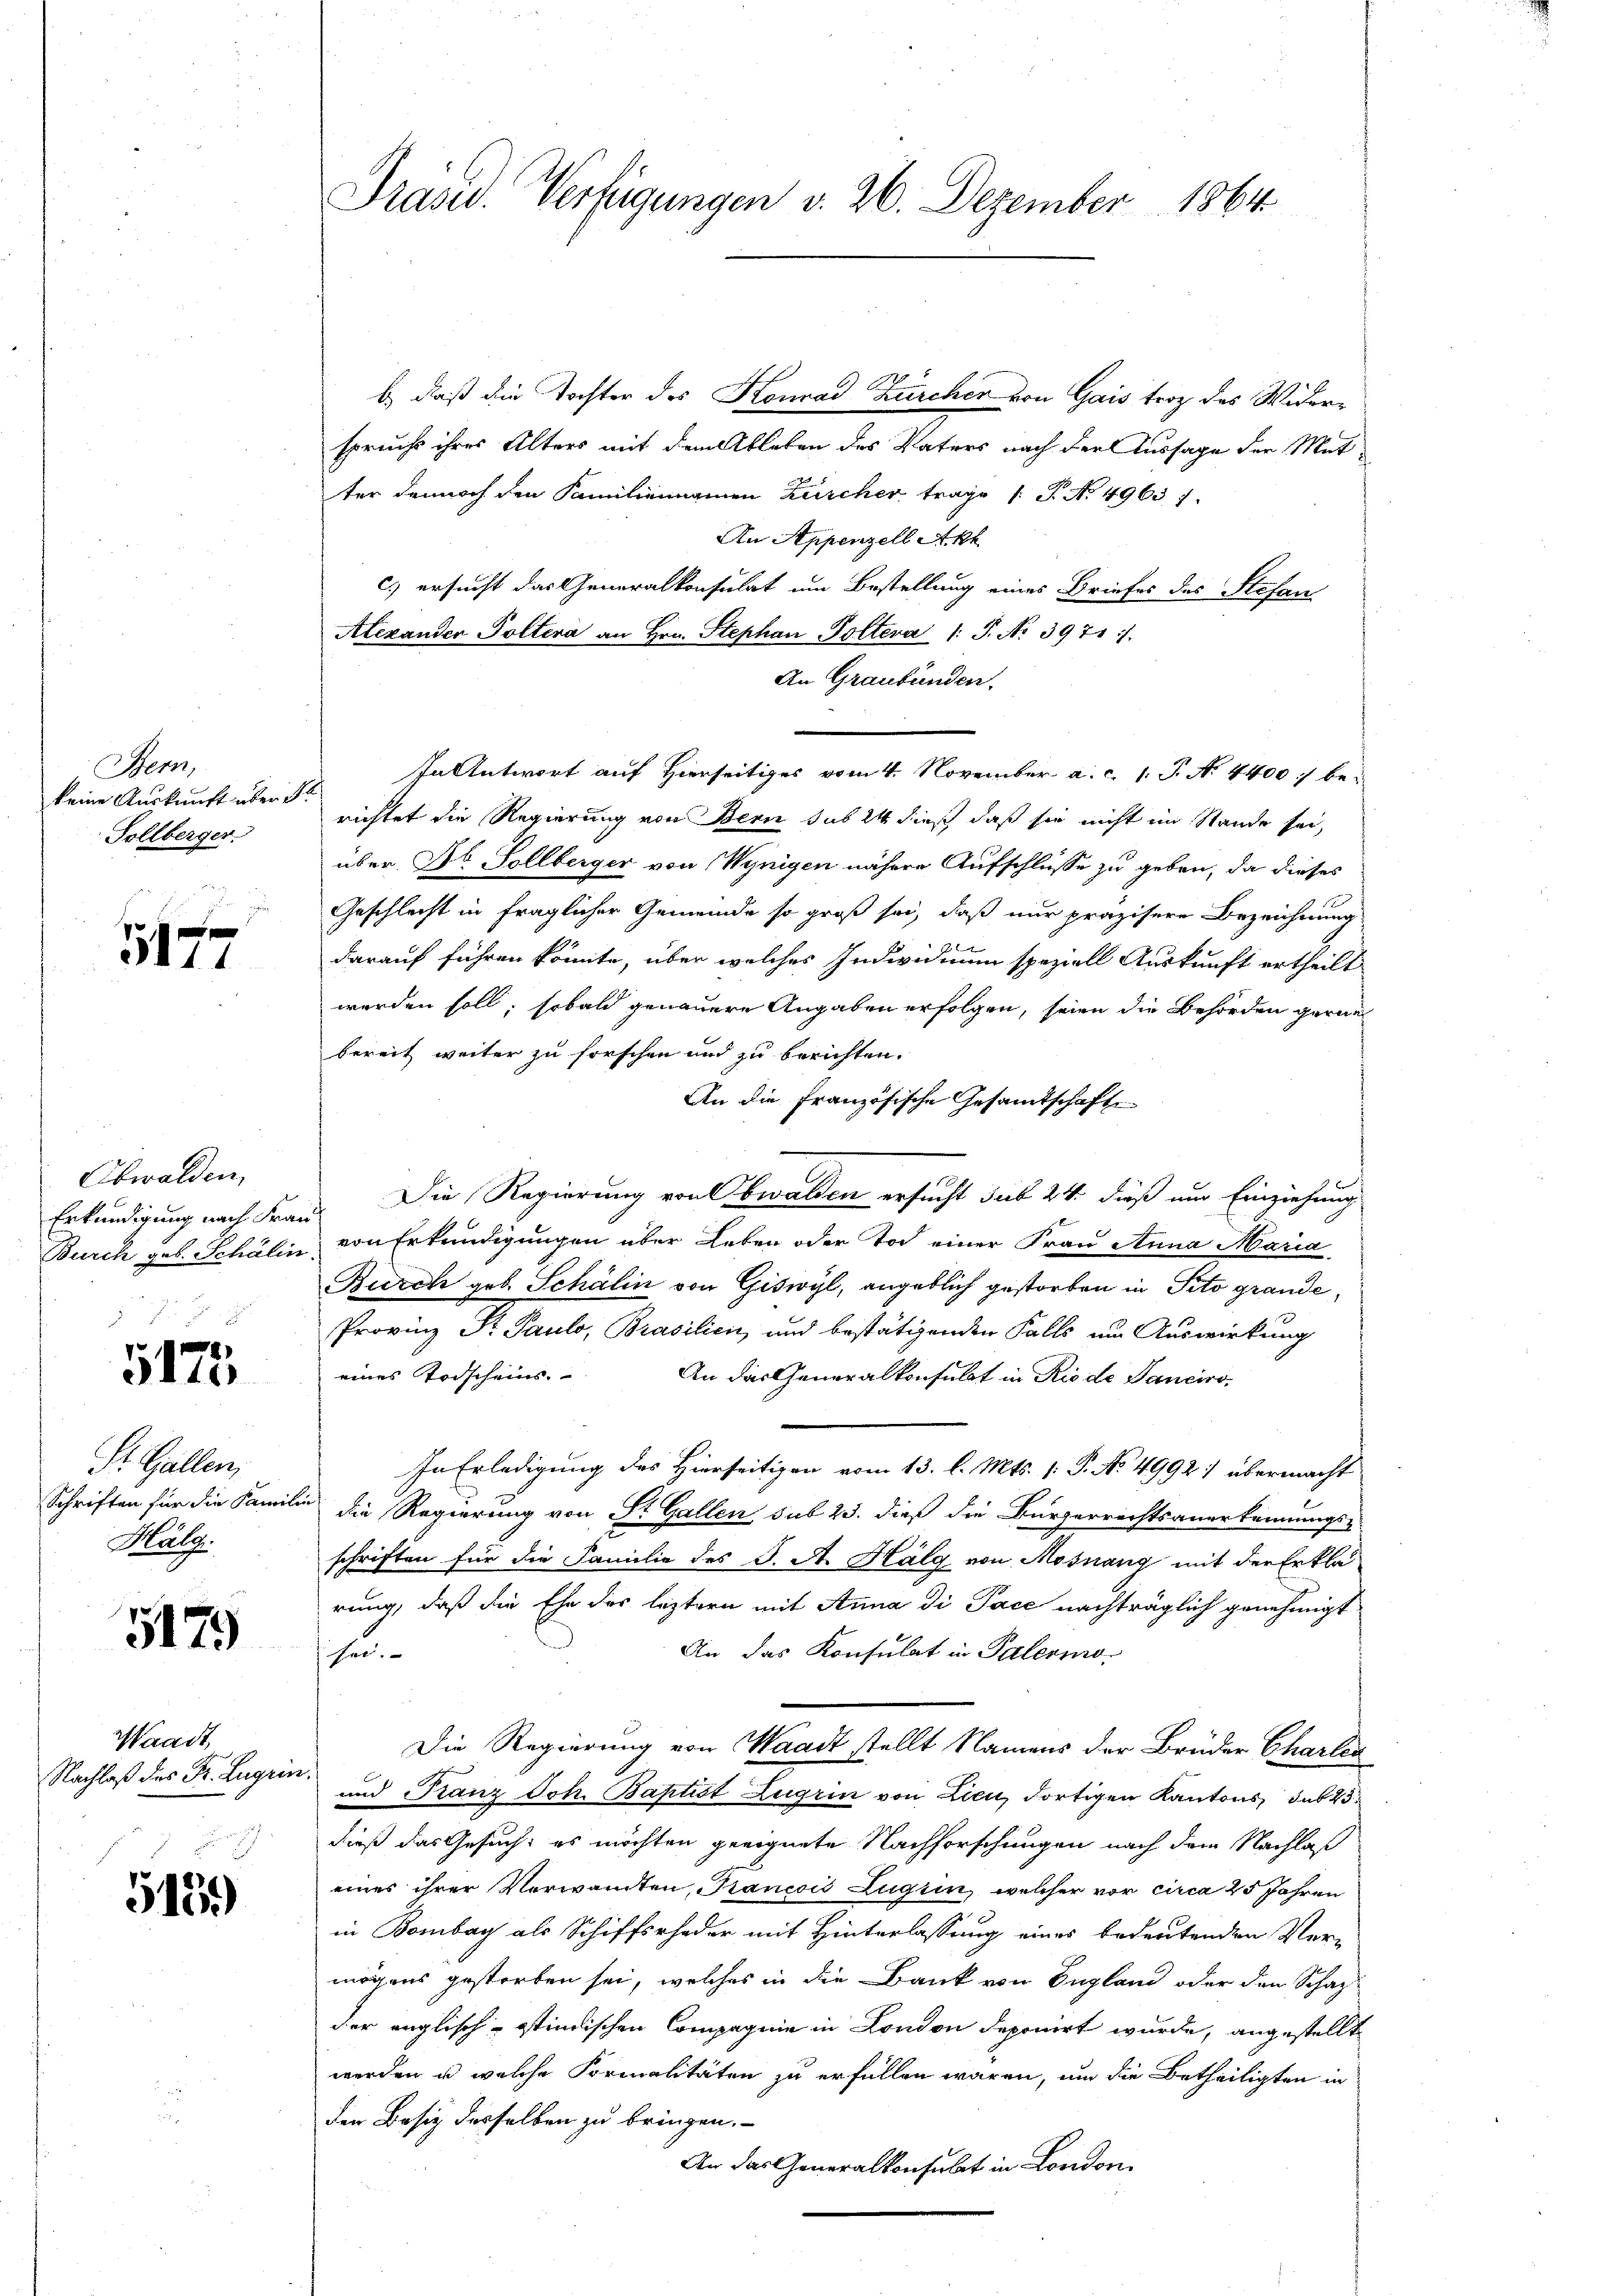
Sem
keine Auskunft über l
Sollberger

e
5111

Obwalden,
Erkundigung nach Frau

§ 118

St. Gallen,
Mala

517.

Waadt
Nachlaß des Fr. Zugen

513)

Präsid. Verfügungen v. 26. Dezember 1864.

b.) daß die Tochter des Konrad Zürcher von Gais trotz des Widerspruchs ihres Alters mit dem Ableben des Vaters nach der Aussage der Mut
ter dennoch den Familiennamen Zürcher trage /: P. Nr. 49631.
An Appenzell Akh
c) ersucht das Generalkonsulat um Bestellung eines Briefes des Stefan
Alexander Poltera an Hrn. Stephan Poltera 1: J. No 3971.
An Graubünden.
In Antwort auf Hierseitiges vom 4. November a. c. l. J. N. 4400 berichtet die Regierung von Bern sub 24 dieß daß sie nicht im Stande sei,
über Dr. Sollberger von Wynigen nähere Aufschlüsse zu geben, da dieses
Geschlecht in fraglicher Gemeinde so groß sei, daß nur präzisere Bezeichnung
darauf führen könnte, über welches Individium speziell Auskunft ertheilt
werden soll, sobald genauere Angaben erfolgen, seien die Behörden gerne
bereit weiter zu forschen und zu berichten.
An die Französische Gesamtschafte
Die Regierung von Obwalden ersucht sub 24. dieß um Einziehung
Burch geb. Schälin von Erkundigungen über Leben oder Tod einer Frau Anna Maria
Burch geb. Schälin von Giswyl, angeblich gestorben in Tito grande
Provinz Fr Pauls, Brasilien, und bestätigenden Falls um Auswirkung
eines Todscheins. An das Generalkonsulat in Rio de Panciro,
In Erledigung des Hierseitigen vom 13. l. Mts. (: P. No 4992: übermacht
Schriften für die Familie die Regierung von Dr. Gallen sub 23. dieß die Bürgerrechtsanerkennungs-
schriften für die Familie des J. A. Hälg von Mosnang mit der Erklärung, daß die Ehe des leztern mit Anna di Pace nachträglich genehmigt
An das Konsulat in Palermo
sei.
Die Regierung von Waadt stellt Namens der Brüder Charten
12
und Franz Joh. Baptist Zugrin von Lieu, dortigen Kantons sub 25
dieß das Gesuch: es möchten geeignete Nachforschungen nach dem Nachlaß
eines ihrer Verwandten, Trancois Zugrin, welcher vor circa 25 Jahren
in Bombay als Schiffsrheder mit Hinterlassung eines bedeutenden Ver-
mögens gestorben sei, welches in die Bank von England oder den Schaz-
der englisch-stindischen Compagnie in London deponirt wurde, angestellt
werden u. welche Formalitäten zu erfüllen wären, um die Betheiligten in
den Besiz derselben zu bringen.
An das Generalkonsulat in London